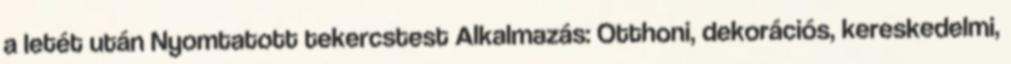
a letét után Nyomtatott tekercstest Alkalmazás: Otthoni, dekorációs, kereskedelmi,